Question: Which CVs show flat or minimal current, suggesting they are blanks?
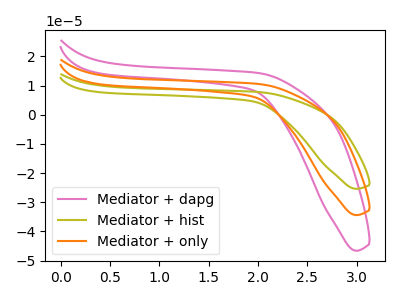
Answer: <think>The pink curve "Mediator + dapg" has no peaks. The olive curve "Mediator + hist" has no peaks. The orange curve "Mediator + only" has no peaks.</think>
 <answer>"Mediator + dapg", "Mediator + hist" and "Mediator + only" are likely to be blanks.</answer>
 <eval>"Mediator + dapg", "Mediator + hist", "Mediator + only"</eval>